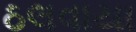
ઠલવાયા